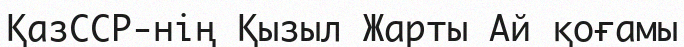
ҚазССР-нің Қызыл Жарты Ай қоғамы